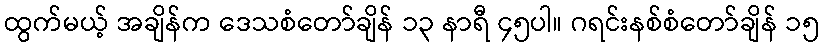
ထွက်မယ့် အချိန်က ဒေသစံတော်ချိန် ၁၃ နာရီ ၄၅ပါ။ ဂရင်းနစ်စံတော်ချိန် ၁၅